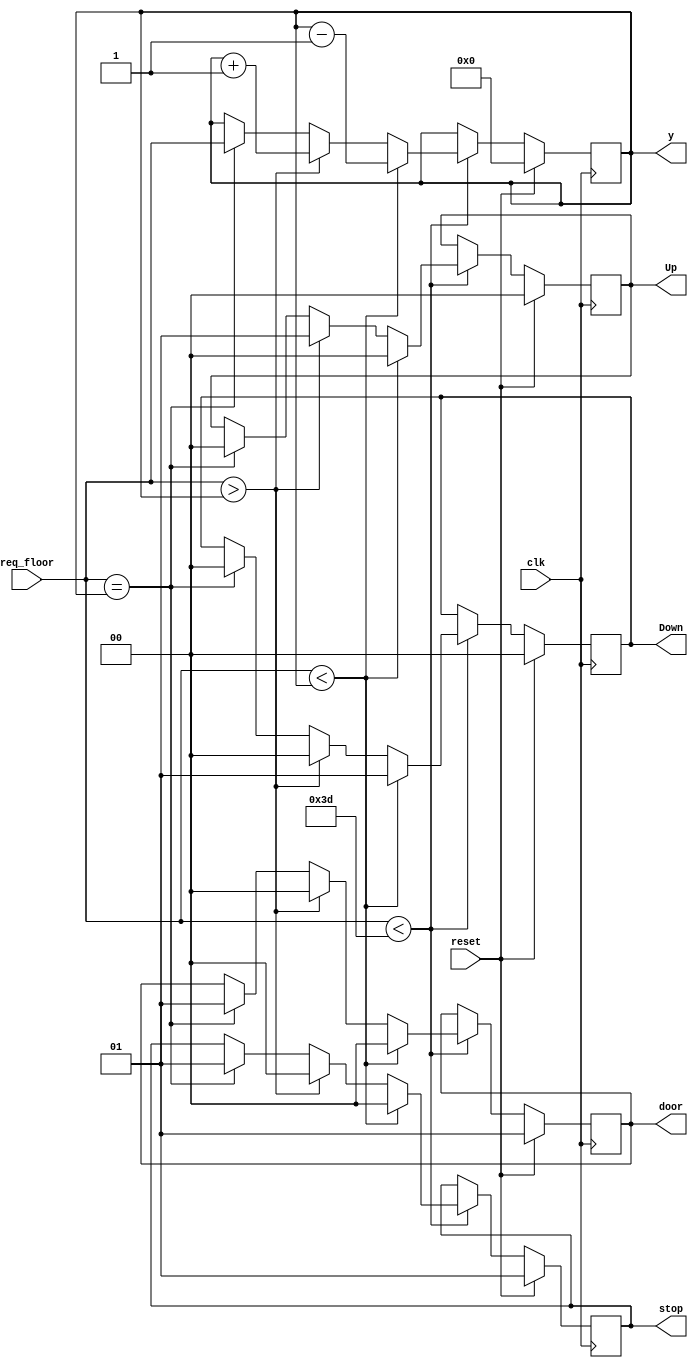
`timescale 1ns / 1ps
//////////////////////////////////////////////////////////////////////////////////
// Company: 
// Engineer: 
// 
// Design Name: 
// Module Name: Elevator_Control
// Project Name: 
// Target Devices: 
// Tool Versions: 
// Description: 
// 
// Dependencies: 
// 
// Revision:
// Revision 0.01 - File Created
// Additional Comments:
// 
//////////////////////////////////////////////////////////////////////////////////


module Elevator_Control(clk,reset,req_floor,stop,door,Up,Down,y);

input clk,reset;

input [6:0] req_floor;
output reg[1:0] door;
output reg[1:0] Up;
output reg[1:0] Down;
output reg[1:0] stop;

output [6:0] y;
reg [6:0] cf ;

always @ (posedge clk)
begin

if(reset)
begin
cf=6'd0;
stop=6'd1;
door = 1'd1;
Up=1'd0;
Down=1'd0;
end
else
begin
if(req_floor < 6'd61)
begin

if(req_floor < cf )
begin
cf=cf-1;
door=1'd0;
stop=6'd0;
Up=1'd0;
Down=1'd1;
end


else if (req_floor > cf)
begin
cf = cf+1;
door=1'd0;
stop=6'd0;
Up=1'd1;
Down=1'd0;
end

else if(req_floor == cf )
begin
cf = req_floor;
door=1'd1;
stop=6'd1;
Up=1'd0;
Down=1'd0;
end
end


end


end


assign y = cf;

endmodule